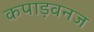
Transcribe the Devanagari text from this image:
कपाड़वनज